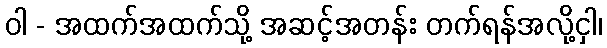
ဝါ - အထက်အထက်သို့ အဆင့်အတန်း တက်ရန်အလို့ငှါ၊